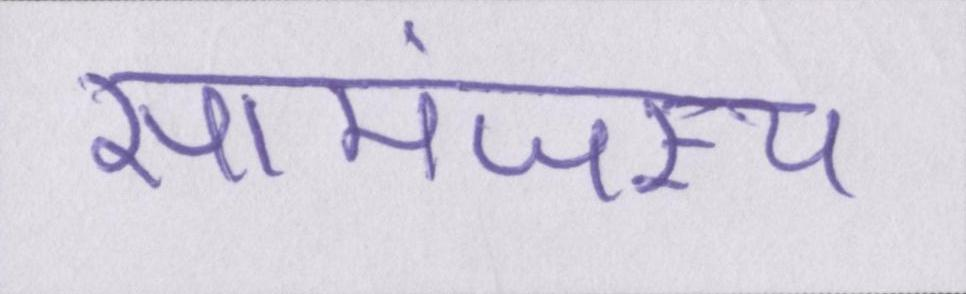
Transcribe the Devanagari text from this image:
सामंजस्य